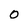
Character: 0